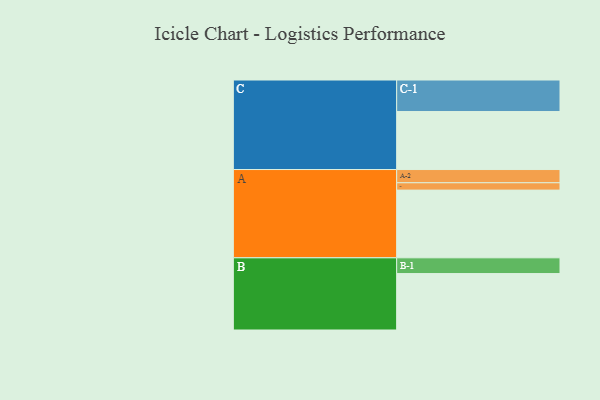
{"axis": {"x": "Segment", "y": "Value"}, "legend": ["", "A", "B", "C"], "data": [{"x": "A", "y": 589, "type": ""}, {"x": "B", "y": 491, "type": ""}, {"x": "C", "y": 505, "type": ""}, {"x": "A-1", "y": 64, "type": "A"}, {"x": "A-2", "y": 115, "type": "A"}, {"x": "B-1", "y": 137, "type": "B"}, {"x": "C-1", "y": 274, "type": "C"}]}